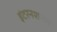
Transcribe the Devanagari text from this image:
इंटरनशनल